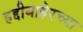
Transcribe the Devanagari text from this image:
हद्दीबाहेरच्या